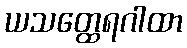
ယသတ္ထေရဂါထာ